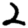
Digit: 2